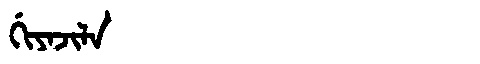
Manchu: ᡤᡳᠶᠠᠵᡳᠯᠠ
Romanization: GIYAJILA